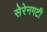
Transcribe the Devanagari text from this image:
सेरेनगटी